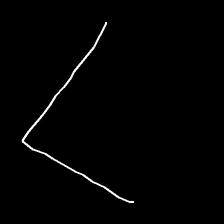
Glyph: region